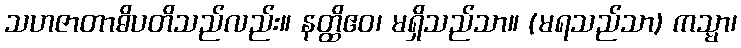
သဟဇာတာဓိပတိသည်လည်း။ နတ္ထိဧဝ၊ မရှိသည်သာ။ (မရသည်သာ) ကသ္မာ၊